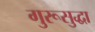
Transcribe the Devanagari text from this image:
गुरूसुद्धा